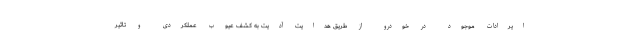
ایرادات موجود در خودرو از طریق هدایت آدیت به کشف عیوب عملکردی و تاثیر